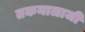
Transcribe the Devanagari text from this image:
तकनालाजी